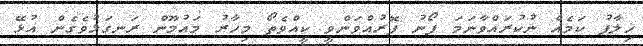
ޚިލާފު ކަމެއް ނުކުރައްވާނަމަ ފޯނު ފޮރުއްވަންވީ ކީއްވެތޯ މިހާރު މައުމޫން ރަނގަޅުވެގެން އުޅޭ